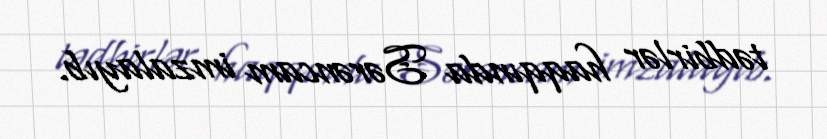
tədbirlər haqqında Sərəncam imzalayıb.